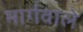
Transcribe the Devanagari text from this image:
मार्गवाले